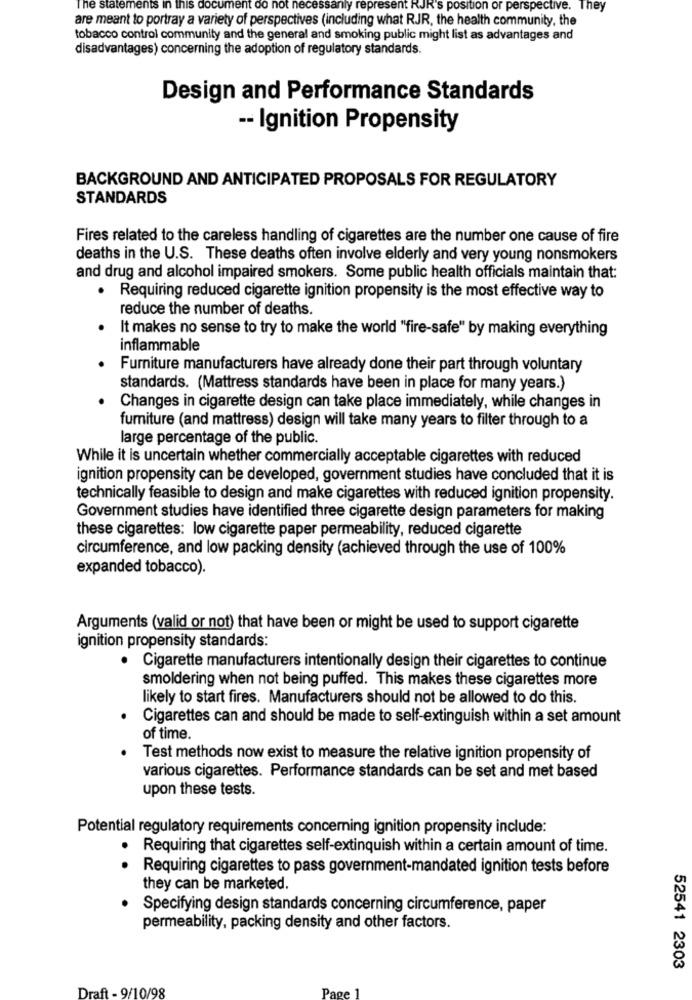
The statements in this document do not necessarily represent RJR's position or perspective. They
are meant to portray a variety of perspectives (including what RJR, the health community, the
tobacco control community and the general and smoking public might list as advantages and
disadvantages) concerning the adoption of regulatory standards.
Design and Performance Standards
-- Ignition Propensity
BACKGROUND AND ANTICIPATED PROPOSALS FOR REGULATORY
STANDARDS
Fires related to the careless handling of cigarettes are the number one cause of fire
deaths in the U.S. These deaths often involve elderly and very young nonsmokers
and drug and alcohol impaired smokers. Some public health officials maintain that:
.
Requiring reduced cigarette ignition propensity is the most effective way to
reduce the number of deaths.
It makes no sense to try to make the world "fire-safe" by making everything
inflammable
Furniture manufacturers have already done their part through voluntary
standards. (Mattress standards have been in place for many years.)
Changes in cigarette design can take place immediately, while changes in
furniture (and mattress) design will take many years to filter through to a
large percentage of the public.
While it is uncertain whether commercially acceptable cigarettes with reduced
ignition propensity can be developed, government studies have concluded that it is
technically feasible to design and make cigarettes with reduced ignition propensity.
Government studies have identified three cigarette design parameters for making
these cigarettes: low cigarette paper permeability, reduced cigarette
circumference, and low packing density (achieved through the use of 100%
expanded tobacco).
Arguments (valid or not) that have been or might be used to support cigarette
ignition propensity standards:
· Cigarette manufacturers intentionally design their cigarettes to continue
smoldering when not being puffed. This makes these cigarettes more
likely to start fires. Manufacturers should not be allowed to do this.
Cigarettes can and should be made to self-extinguish within a set amount
of time.
Test methods now exist to measure the relative ignition propensity of
various cigarettes. Performance standards can be set and met based
upon these tests.
Potential regulatory requirements concerning ignition propensity include:
.
Requiring that cigarettes self-extinquish within a certain amount of time.
. .
Requiring cigarettes to pass government-mandated ignition tests before
they can be marketed.
Specifying design standards concerning circumference, paper
permeability, packing density and other factors.
52541 2303
Draft - 9/10/98
Page